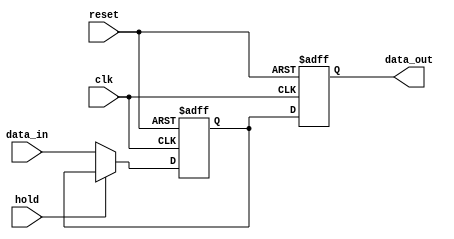
module HoldCondition (
    input wire clk,               // Clock signal
    input wire reset,             // Reset signal
    input wire hold,              // Hold condition control signal
    input wire [7:0] data_in,     // Data input (8-bit for example)
    output reg [7:0] data_out     // Data output (8-bit for example)
);

    // State variable to hold the current output value
    reg [7:0] current_state;

    // Always block triggered on the rising edge of the clock
    always @(posedge clk or posedge reset) begin
        if (reset) begin
            // Initialize the output to a predefined value (e.g., 0)
            current_state <= 8'b0;
            data_out <= 8'b0;
        end else if (hold) begin
            // Hold the current state if hold condition is active
            data_out <= current_state;
        end else begin
            // Update the output based on the input data when not on hold
            current_state <= data_in;
            data_out <= current_state;
        end
    end

endmodule